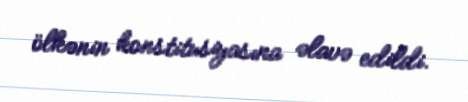
ölkənin konstitusiyasına əlavə edildi.